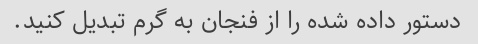
دستور داده شده را از فنجان به گرم تبدیل کنید.